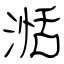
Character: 湉